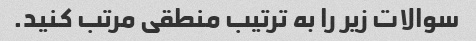
سوالات زیر را به ترتیب منطقی مرتب کنید.